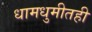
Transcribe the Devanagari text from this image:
धामधुमीतही